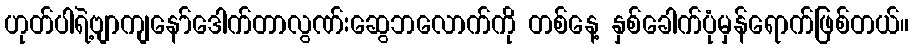
ဟုတ်ပါရဲ့ဗျာကျနော်ဒေါက်တာလွဏ်းဆွေဘလောက်ကို တစ်နေ့ နှစ်ခေါက်ပုံမှန်ရောက်ဖြစ်တယ်။